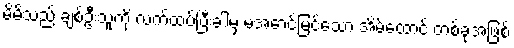
မိမိသည် ချစ်ဦးသူကို လက်ထပ်ပြီးခါမှ မအောင်မြင်သော အိမ်ထောင် တစ်ခုအဖြစ်